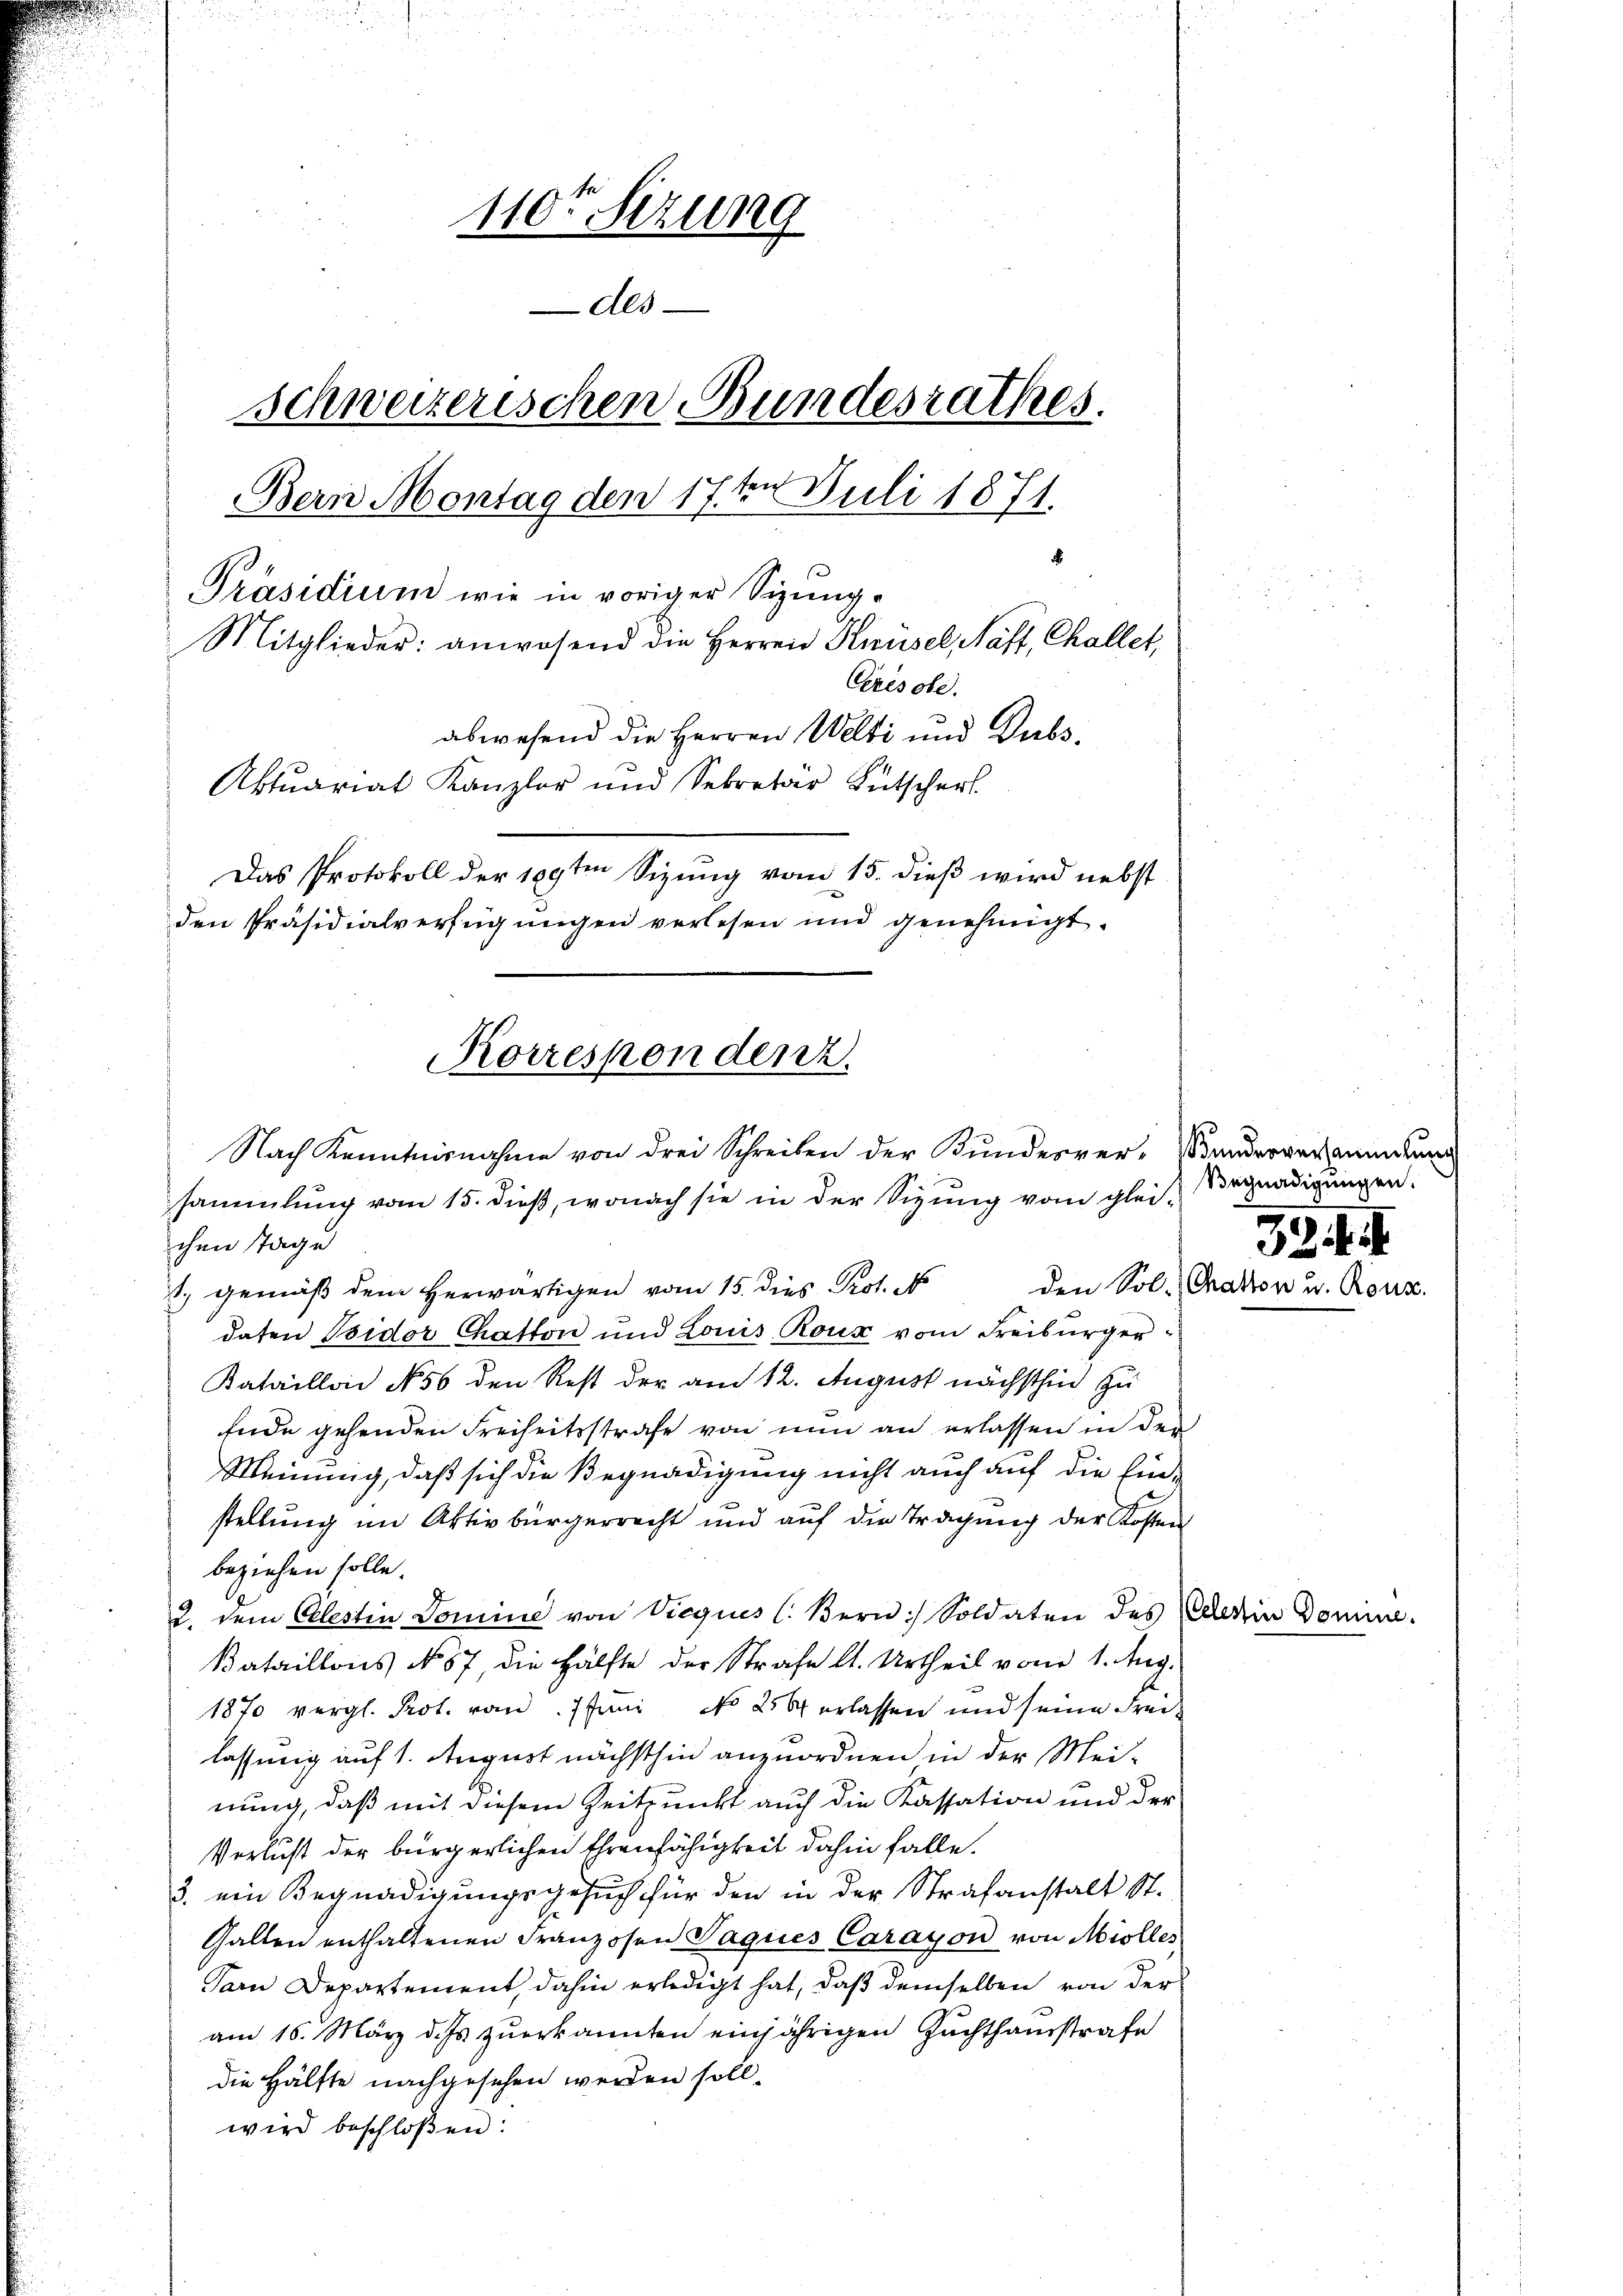
110ten Sizung
Aes
Schweizerischen Bundesrathes.
Bern Montag den 17ten Juli 1871.
x
Präsidium wie in voriger Sizung¬
Mitglieder: anwesend die Herren Kirusel, Näft, Challet,
Crésole.
abwesend die Herren Welti und Dubs¬
Aktuariat Kanzler und Sekretär Bütscherl
Das Protokoll der 189ten Sizung vom 15. dieß wird nebst
den Präsidialverfügungen verlesen und genehmigt.

Korrespondenz.
Nach Kenntnisnahme von drei Schreiben der Kundesver- andergermeidun

sammlung vom 15. dieß, wonach sie in der Sizung vom gleichen Tage
1t. gemäβ dem herwärtigen vom 15. dies Prot. 1 den Sol. Gration u. Rous.
daten Bsidor Chatton und Louis Roux vom Freiburger
Kataillon No. 56 den Rest der am 12. August nächsthin zu
Ende gehenden Freiheitsstrafe von nun an erlassen in der
Meinung, daß sich die Begnadigung nicht auch auf die Ein-
stellung im Aktivbürgerrecht und auf die Tragung der Kosten
beziehen solle.
2. dem Celestin Domine von Vieques (Bern Soldaten des erin Domine.
Bataillons No 57, die Hälfte der Strafe lt. Urtheil vom 1. Aug.
1870 vergl. Prot. von 7 Juni No 256 erlassen und seine Frei-
lassung auf 1. August nächsthin anzuordnen in der Mei-
nung, daß mit diesem Zeitpunkt auch die Kassation und der
Verlust der bürgerlichen Ehrenfähigkeit dahin falle.
3. ein Begnadigungsgesuch für den in der Strafanstalt St.
Gallen enthaltenen Franzosen Jaques Carayon von Miolles
Tarn Departement, dahin erledigt hat, daß demselben von der
am 16. März d. Js. zŭerkannten einjährigen Zuchthausstrafe
die Hälfte nachgesehen werden soll.
wird beschloßen:

Begnadigungen.
32